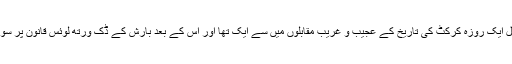
ایونٹ کا دوسرا سیمی فائنل ایک روزہ کرکٹ کی تاریخ کے عجیب و غریب مقابلوں میں سے ایک تھا اور اس کے بعد بارش کے ڈک ورتھ لوئس قانون پر سوالات اٹھنا شروع ہو گئے۔